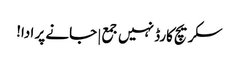
سکریچ کارڈ نہیں جمع | جانے پر ادا!